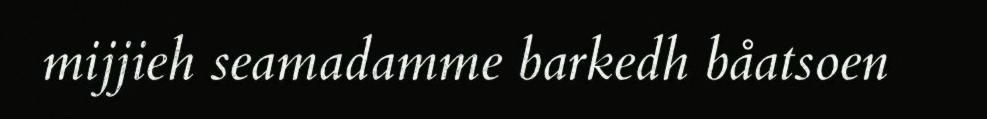
mijjieh seamadamme barkedh båatsoen